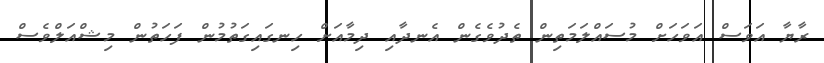
ރާޔާ އަވަސް އަވަހަށް މުސައްލަމަތިން ތެދުވެގެން އެނދާއި ދިމާއަށް ހިނގައިގަތުމުން ފަހަތުން މިޝްއަލްވެސް